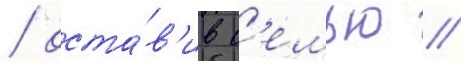
/ оста́в'ив с'емью //